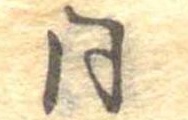
同